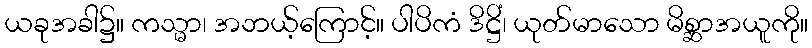
ယခုအခါ၌။ ကသ္မာ၊ အဘယ့်ကြောင့်။ ပါပိကံ ဒိဋ္ဌိံ၊ ယုတ်မာသော မိစ္ဆာအယူကို။